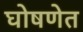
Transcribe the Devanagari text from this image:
घोषणेत